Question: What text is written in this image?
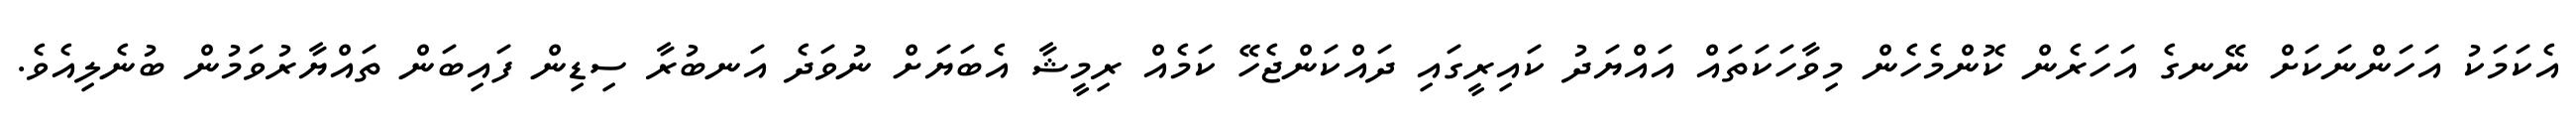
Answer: އެކަމަކު އަހަންނަކަށް ނޭނގެ އަހަރެން ކޮންމެހެން މިވާހަކަތައް އައްޔަދު ކައިރީގައި ދައްކަންޖެހޭ ކަމެއް ރިމީޝާ އެބަޔަށް ނުވަދެ އަނބުރާ ސިޑިން ފައިބަން ތައްޔާރުވަމުން ބުނެލިއެވެ.